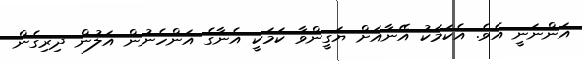
އަންނަނީ އެވެ. އެކަމަކު އޭނާއަށް ޔަގީންވާ ކަމަކީ އެނާގެ އަންހެނުން އަލުން ދިރިގެން